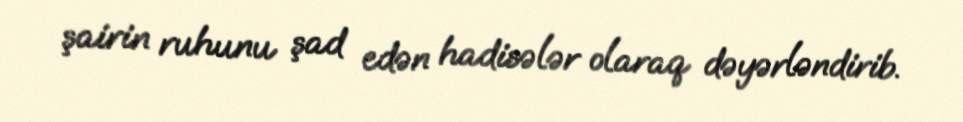
şairin ruhunu şad edən hadisələr olaraq dəyərləndirib.